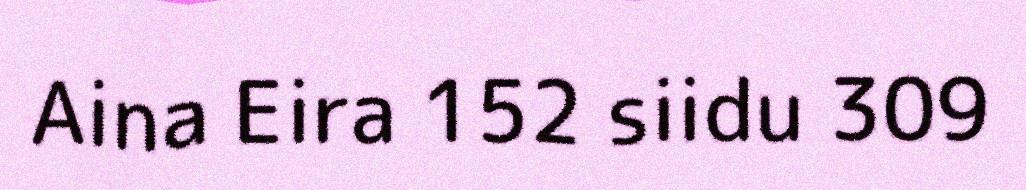
Aina Eira 152 siidu 309